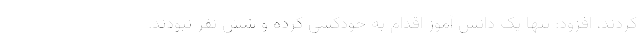
کردند، افزود: تنها یک دانش آموز اقدام به خودکشی کرده و شش نفر نبودند.